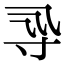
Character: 𡬞